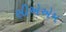
સીએએમ